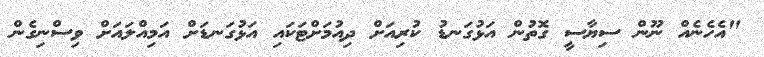
"އެހެނެއް ނޫން ސިޔާސީ ގޮތުން އަޅުގަނޑު ކުރިއަށް ދިއުމަށްޓަކައި އަޅުގަނޑަށް އަމިއްލައަށް ވިސްނިގެން